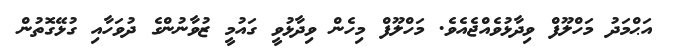
އަޙްމަދު މަހްލޫފް ވިދާޅުވެއްޖެއެވެ. މަހްލޫފް މިހެން ވިދާޅުވީ ގައުމީ ޒުވާނުންގެ ދުވަހާއި ގުޅޭގޮތުން